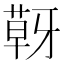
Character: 𮐍